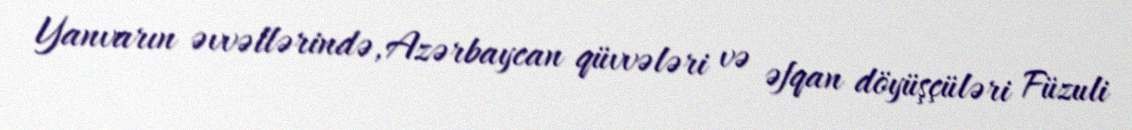
Yanvarın əvvəllərində, Azərbaycan qüvvələri və əfqan döyüşçüləri Füzuli